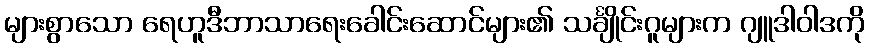
များစွာသော ရေဟူဒီဘာသာရေးခေါင်းဆောင်များ၏ သင်္ချိုင်းဂူများက ဂျူဒါဝါဒကို